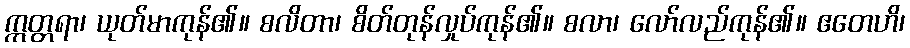
ဣတ္တရာ၊ ယုတ်မာကုန်၏။ စလိတာ၊ စိတ်တုန်လှုပ်ကုန်၏။ စလာ၊ လော်လည်ကုန်၏။ ဧတေဟိ၊